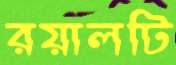
রয়ালটি